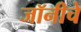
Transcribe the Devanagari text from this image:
जॉनीचे